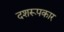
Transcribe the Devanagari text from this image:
दशरूपकार